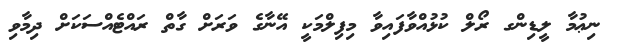
ނިޢުމާ ލީޑިންގ ރޯލް ކުޅުއްވާފައިވާ މިފިލްމަކީ އޭނާގެ ވަރަށް ގާތް ރައްޓެއްސަކަށް ދިމާވި